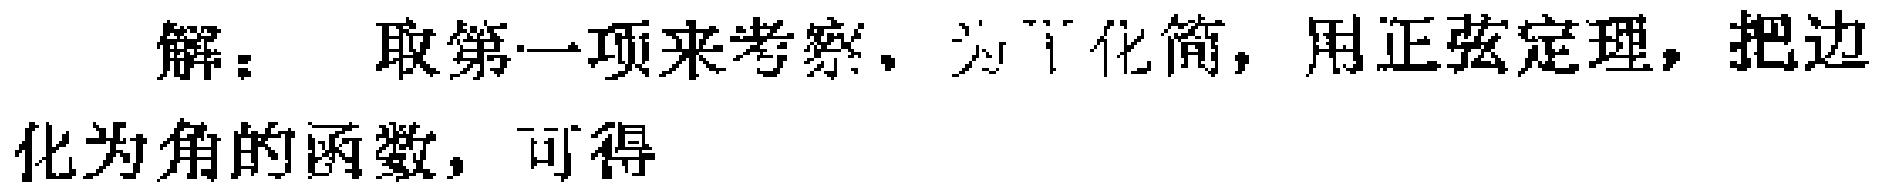
解：取第一项来考察，为了化简，用正弦定理，把边化为角的函数，可得